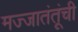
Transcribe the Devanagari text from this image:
मज्जातंतूंची